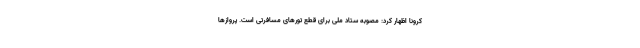
کرونا اظهار کرد: مصوبه ستاد ملی برای قطع تورهای مسافرتی است. پروازها